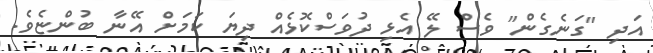
އަދި "ގަނެގެން" ވެސް ލޭ އެޅި ދުވަސްކޮޅެއް ދިޔަ ކަމަށް އޭނާ ބުންޏެވެ.